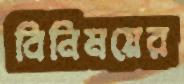
বিনিময়ের